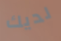
لديك